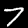
Label: 7